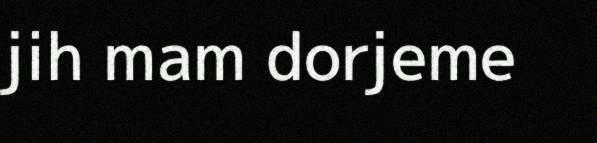
jih mam dorjeme